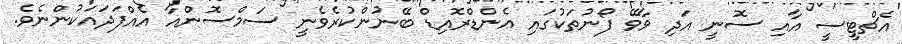
އެޗްޓީސީ އާއި ސޮނީ އަދި ވާވޭ ފޯނުތަކުގައި އެންޑްރޮއިޑް ބޭނުންކުރެވެނީ ސަމްސޮންއާ އެއްފަދައަކުންނެވެ.